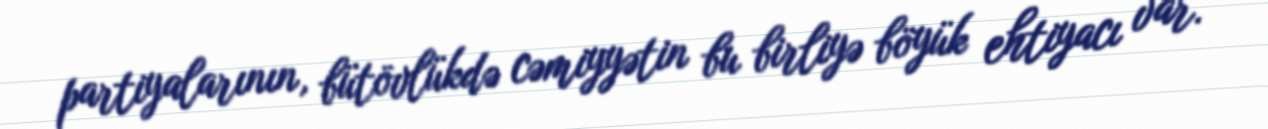
partiyalarının, bütövlükdə cəmiyyətin bu birliyə böyük ehtiyacı var.